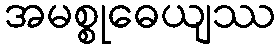
အမစ္စုဓေယျဿ